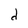
Character: d